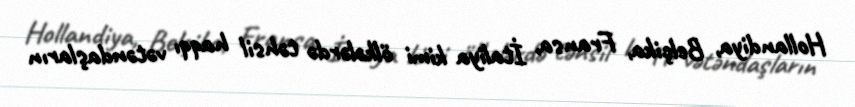
Hollandiya, Belçika, Fransa, İtaliya kimi ölkələrdə təhsil haqqı vətəndaşların